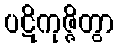
ပဋိကုဇ္ဇိတွာ